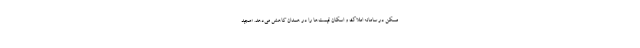
مسکن در سامانه املاک و اسکان قیمت‌ها را در همدان کاهش می‌دهد. «مجید